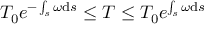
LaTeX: T _ { 0 } e ^ { - \int _ { s } \omega \mathrm { d } s } \leq T \leq T _ { 0 } e ^ { \int _ { s } \omega \mathrm { d } s }